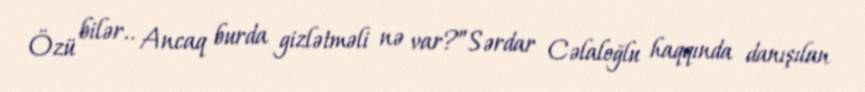
Özü bilər.. Ancaq burda gizlətməli nə var?”Sərdar Cəlaloğlu haqqında danışılan